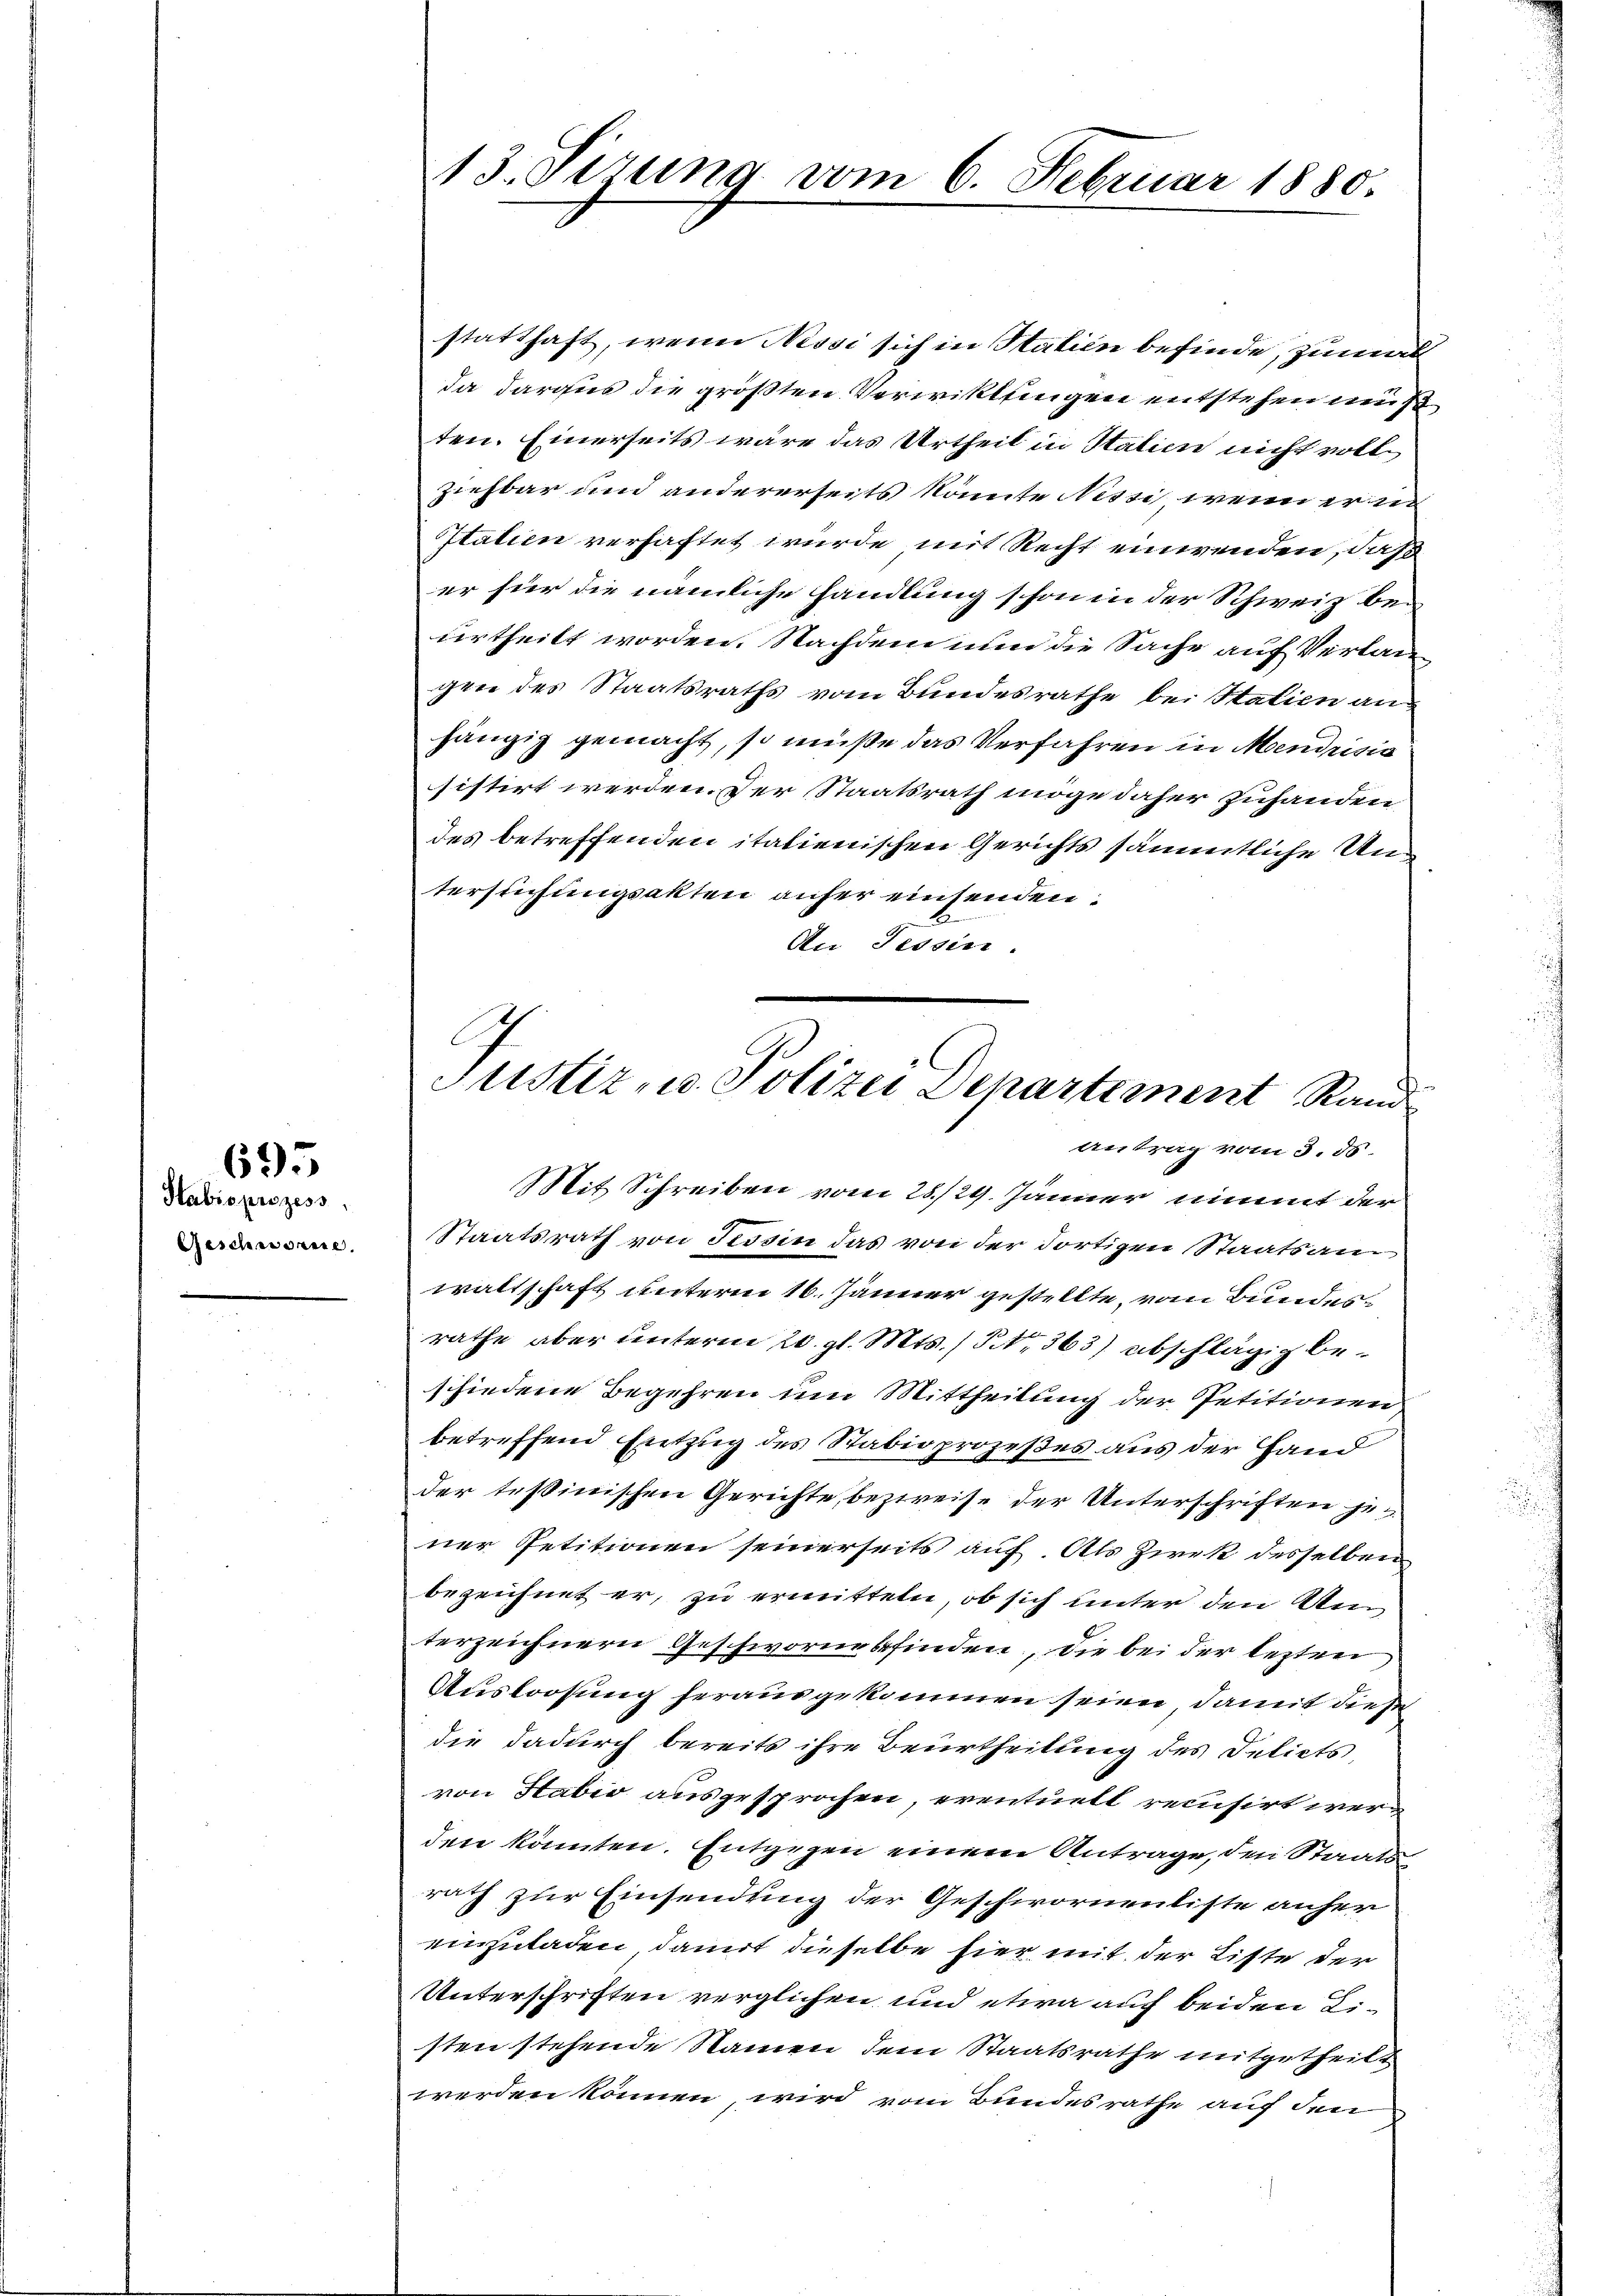
Stabsprozess
Geschworene

695

statthaft, wenn Nessi sich in Statien befinde, zumal
da daraus die größten Verwittlingen entstehen muß
ten. Einerseits wäre das Urtheil in Station nicht voll¬
Ziehbar und andererseits könnte Nessi wenn erin
Italien verhaftet wurde mit Recht einwenden, daß
er für die nämliche handlung schon in der Schweiz bei
urtheilt worden. Nachdem nun die Sache auf Verlan
gen des Staatsraths vom Bundesrathe bei Station aus
hängig gemacht, so müße das Verfahren in Mendrisia
sistirt werden. Der Staatsrath möge daher zuhanden
des betreffenden italienischen Gerichts sämmtliche Untersuchungsakten anfer einsenden.
An Tessin.
waltschaft unterm 16. Jänner gestellte, vom Bundesrathe aber unterm 20. gl. Mts. (§ 363) abschlägig beschiedene Begehren um Mittheilung der Petitionen
betreffend Entzug des Stabioprozeßes aus der Hand
der tessinischen Gerichte, bezweife der Unterschriften je
ner Petitionen seinerseits auf. Als Zwek desselben
bezeichnet er, zu ermitteln, ob sich unter den Um
terzeichnern Geschwornesfinden, die bei der lezten
Ausloosung herausgekommen seien, damit diese
die dadurch bereits ihre Beurtheilung des Delicts
von Stabio ausgesprochen, eventuell recusirt werden könnten. Entgegen einem Antrage, den Staats-
rath zur Einsendung der Geschwornenliste anher
einzuladen, damit dieselbe hier mit der Liste der
Unterschriften verglichen und etwa auf beiden Listen stehende Namen dem Staatsrathe mitgetheilt
werden können, wird vom Bundesrathe auf den

13. Sizung vom 6. Februar 1880.

Justiz- u. Polizei Departiment Rand
antrag vom 3. ds.
Mit Schreiben vom 28./29. Jänner nimmt der
Staatsrath von Tessin das von der dortigen Staatsan¬